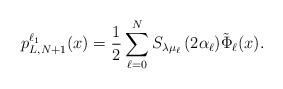
LaTeX: \begin{align*}p_{L,N+1}^{\ell_1}(x)=\frac{1}{2}\sum\limits_{\ell=0}^N{S_{\lambda\mu_{\ell}}\left(2\alpha_{\ell}\right)}\tilde{\Phi}_{\ell}(x).\end{align*}